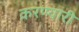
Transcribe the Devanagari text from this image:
करण्यारी